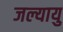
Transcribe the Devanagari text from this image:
जल्यायु